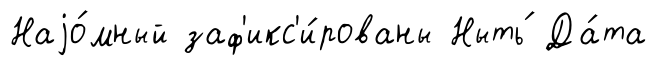
Наjо́мный заф'икс'и́рованы Ныть́ Да́та